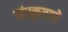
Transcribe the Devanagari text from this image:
संस्कृताचे